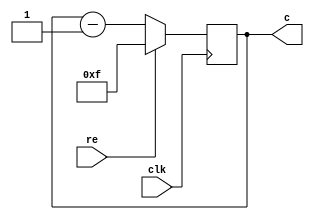
`timescale 1ns / 1ps
//////////////////////////////////////////////////////////////////////////////////
// Company: 
// Engineer: 
// 
// Design Name: 
// Module Name:    b_syn_down 
// Project Name: 
// Target Devices: 
// Tool versions: 
// Description: 
//
// Dependencies: 
//
// Revision: 
// Revision 0.01 - File Created
// Additional Comments: 
//
//////////////////////////////////////////////////////////////////////////////////
module b_syn_down(clk,re,c);
    input clk,re;
    output reg [3:0] c;
     initial c=4'b1111;
	  always@(posedge clk)
       begin
		 if(re==1'b1)
		    c<=4'b1111;
		 else
		   c<=c-4'b0001;
			end
endmodule